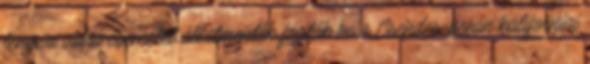
tengeri vidra csemetét állatmentők fogták be a Csendes-óceán kaliforniai